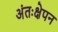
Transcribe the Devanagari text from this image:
अंतःक्षेपन